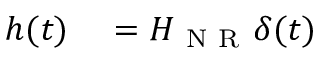
\begin{array} { r } { \begin{array} { r l } { h ( t ) } & { { } = H _ { \mathrm { ~ N ~ R ~ } } \delta ( t ) } \end{array} } \end{array}